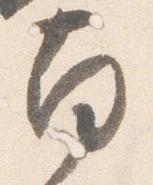
南